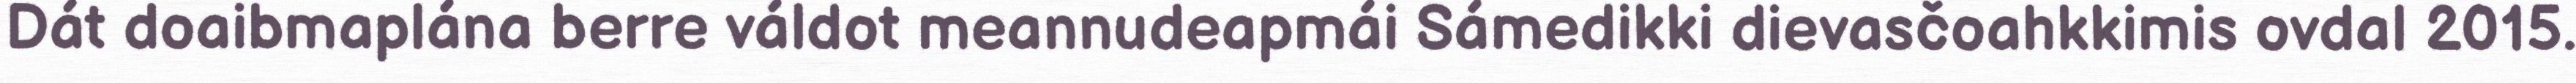
Dát doaibmaplána berre váldot meannudeapmái Sámedikki dievasčoahkkimis ovdal 2015.